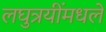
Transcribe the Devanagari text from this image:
लघुत्रयींमधले